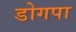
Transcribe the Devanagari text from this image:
डोगपा